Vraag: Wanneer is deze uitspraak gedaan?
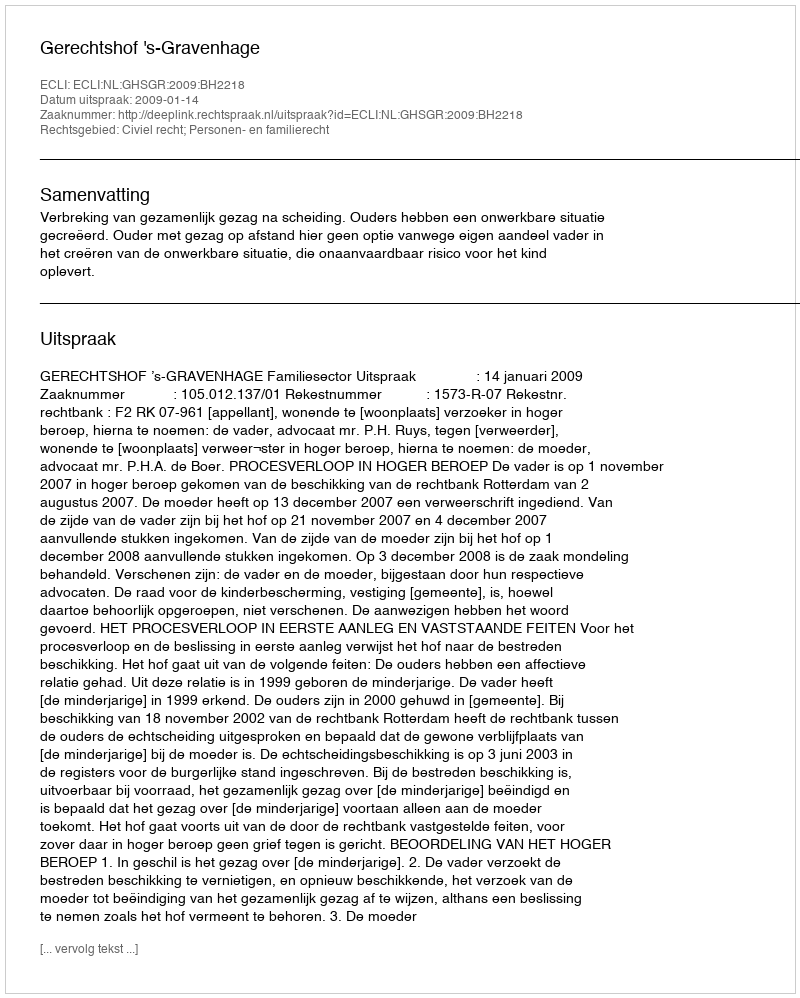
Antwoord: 2009-01-14